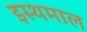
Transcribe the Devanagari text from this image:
इस्थमाल